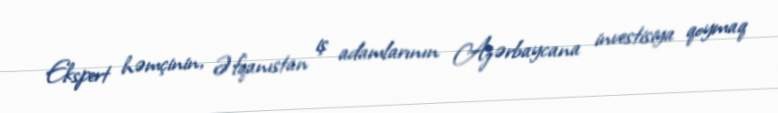
Ekspert həmçinin, Əfqanıstan iş adamlarının Azərbaycana investisiya qoymaq